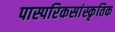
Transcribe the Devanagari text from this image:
पास्परिकसांस्कृतिक